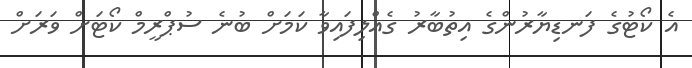
އެ ކޯޓުގެ ފަނޑިޔާރުންގެ އިތުބާރު ގެއްލިފައިވާ ކަމަށް ބުނެ ސުޕްރީމް ކޯޓަށް ވަރަށް